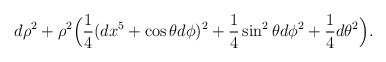
\begin{align*}d\rho^2 + \rho^2\Big( {1 \over 4} (dx^5 + \cos\theta d\phi)^2 +{1 \over 4} \sin^2\theta d\phi^2 + {1\over 4} d\theta^2 \Big).\end{align*}